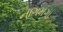
નાગમગા